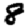
Digit: 8